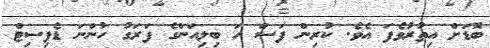
ބޮޑަށް އިތުރުވެފަ އެވެ. ކުރިން ފަސް ހަ ބިލިއަންގެ ފަރަގު ހުންނަ ޑެފިސިޓް